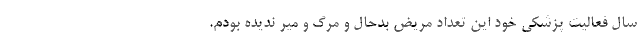
سال فعالیت پزشکی خود این تعداد مریض بدحال و مرگ و میر ندیده بودم.